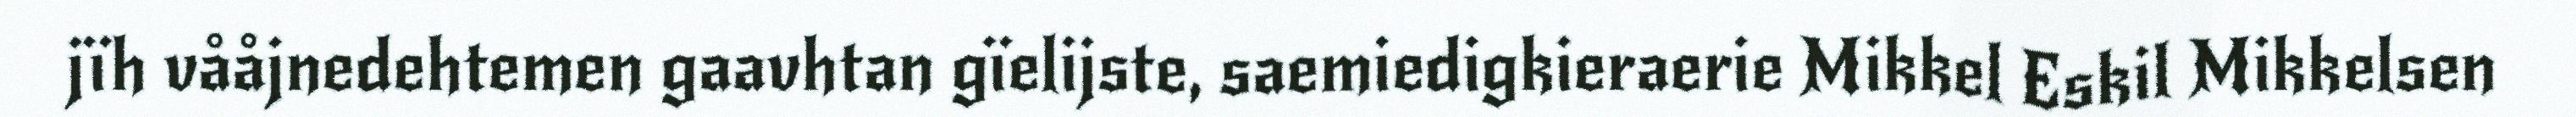
jïh vååjnedehtemen gaavhtan gïelijste, saemiedigkieraerie Mikkel Eskil Mikkelsen